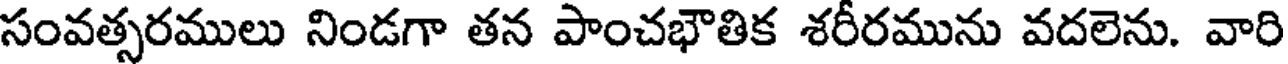
సంవత్సరములు నిండగా తన పాంచభౌతిక శరీరమును వదలెను. వారి